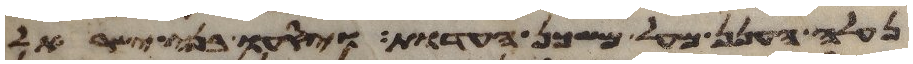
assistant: נעלה הענן מעל משכן העדות ויסעו בני ישראל